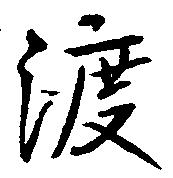
渡